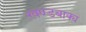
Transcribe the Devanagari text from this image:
खण्डबाक्य